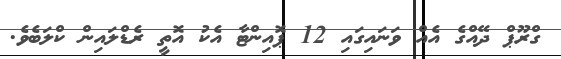
ގްރޫޕް ދޭއްގެ އެއް ވަނައިގައި 12 ޕޮއިންޓާ އެކު އޮތީ ރެޑްލައިން ކްލަބެވެ.